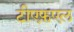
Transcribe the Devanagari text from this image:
टीएफ़एल